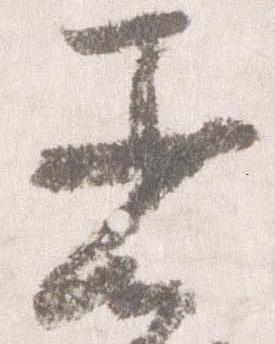
着